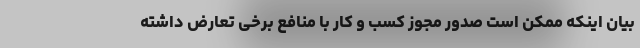
بیان اینکه ممکن است صدور مجوز کسب و کار با منافع برخی تعارض داشته